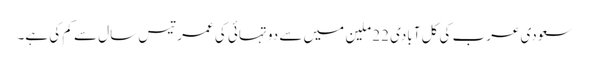
سعودی عرب کی کل آبادی 22 ملین میں سے دو تہائی کی عمر تیس سال سے کم کی ہے۔